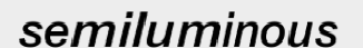
semiluminous